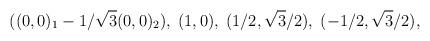
LaTeX: \begin{align*}((0,0)_{1}-1/\sqrt{3}(0,0)_{2} ),\;(1,0) , \;(1/2,\sqrt{3}/2) , \; (-1/2, \sqrt{3}/2) ,\end{align*}